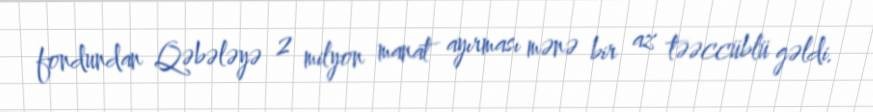
fondundan Qəbələyə 2 milyon manat ayırması mənə bir az təəccüblü gəldi.